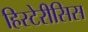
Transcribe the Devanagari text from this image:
हिस्टेरीसिस